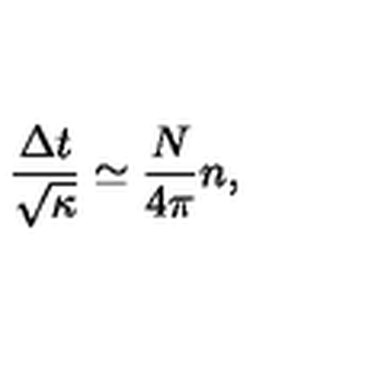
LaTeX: \frac { \Delta t } { \sqrt \kappa } \simeq \frac { N } { 4 \pi } n ,